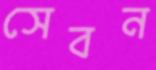
সেবন